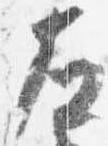
左